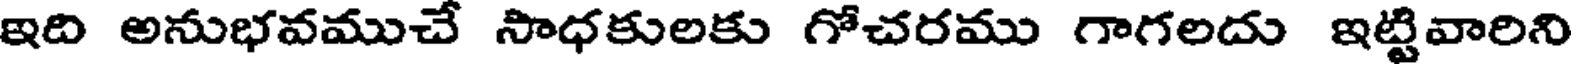
ఇది అనుభవముచే సాధకులకు గోచరము గాగలదు ఇట్టివారిని